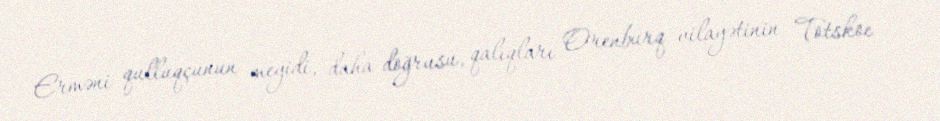
Erməni qulluqçunun meyidi, daha doğrusu, qalıqları Orenburq vilayətinin Totskoe